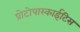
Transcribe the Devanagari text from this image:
प्रोटोपास्काईटिस